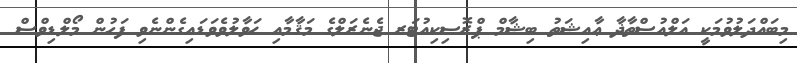
މިބައްދަލުވުމަކީ އަލްއުސްތާޛާ ޢާއިޝަތު ބިޝާމް ޕްރޮސިކިއުޓަރ ޖެނެރަލްގެ މަޤާމާއި ޙަވާލުވެވަޑައިގެންނެވި ފަހުން މޯލްޑިވްސް